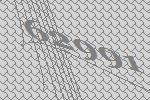
62991